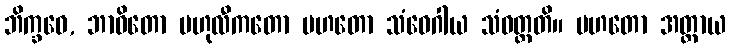
ဘိက္ခဝေ, ဘာဝိတော ဗဟုလီကတော မဟတော သံဝေဂါယ သံဝတ္တတိ။ မဟတော အတ္ထာယ